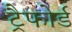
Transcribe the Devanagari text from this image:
ट्रैफोर्ड